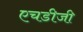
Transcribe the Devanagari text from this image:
एचडीजी